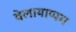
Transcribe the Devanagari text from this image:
वेलायाप्पम